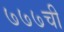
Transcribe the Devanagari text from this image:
७७७ची